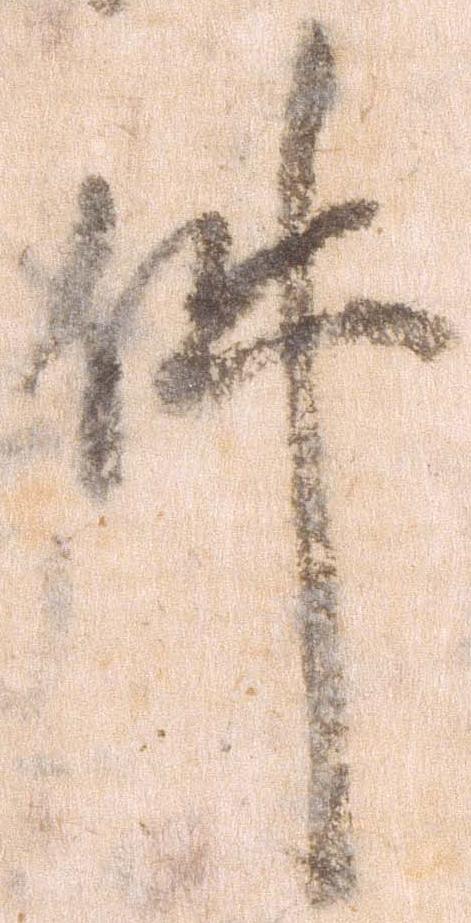
件